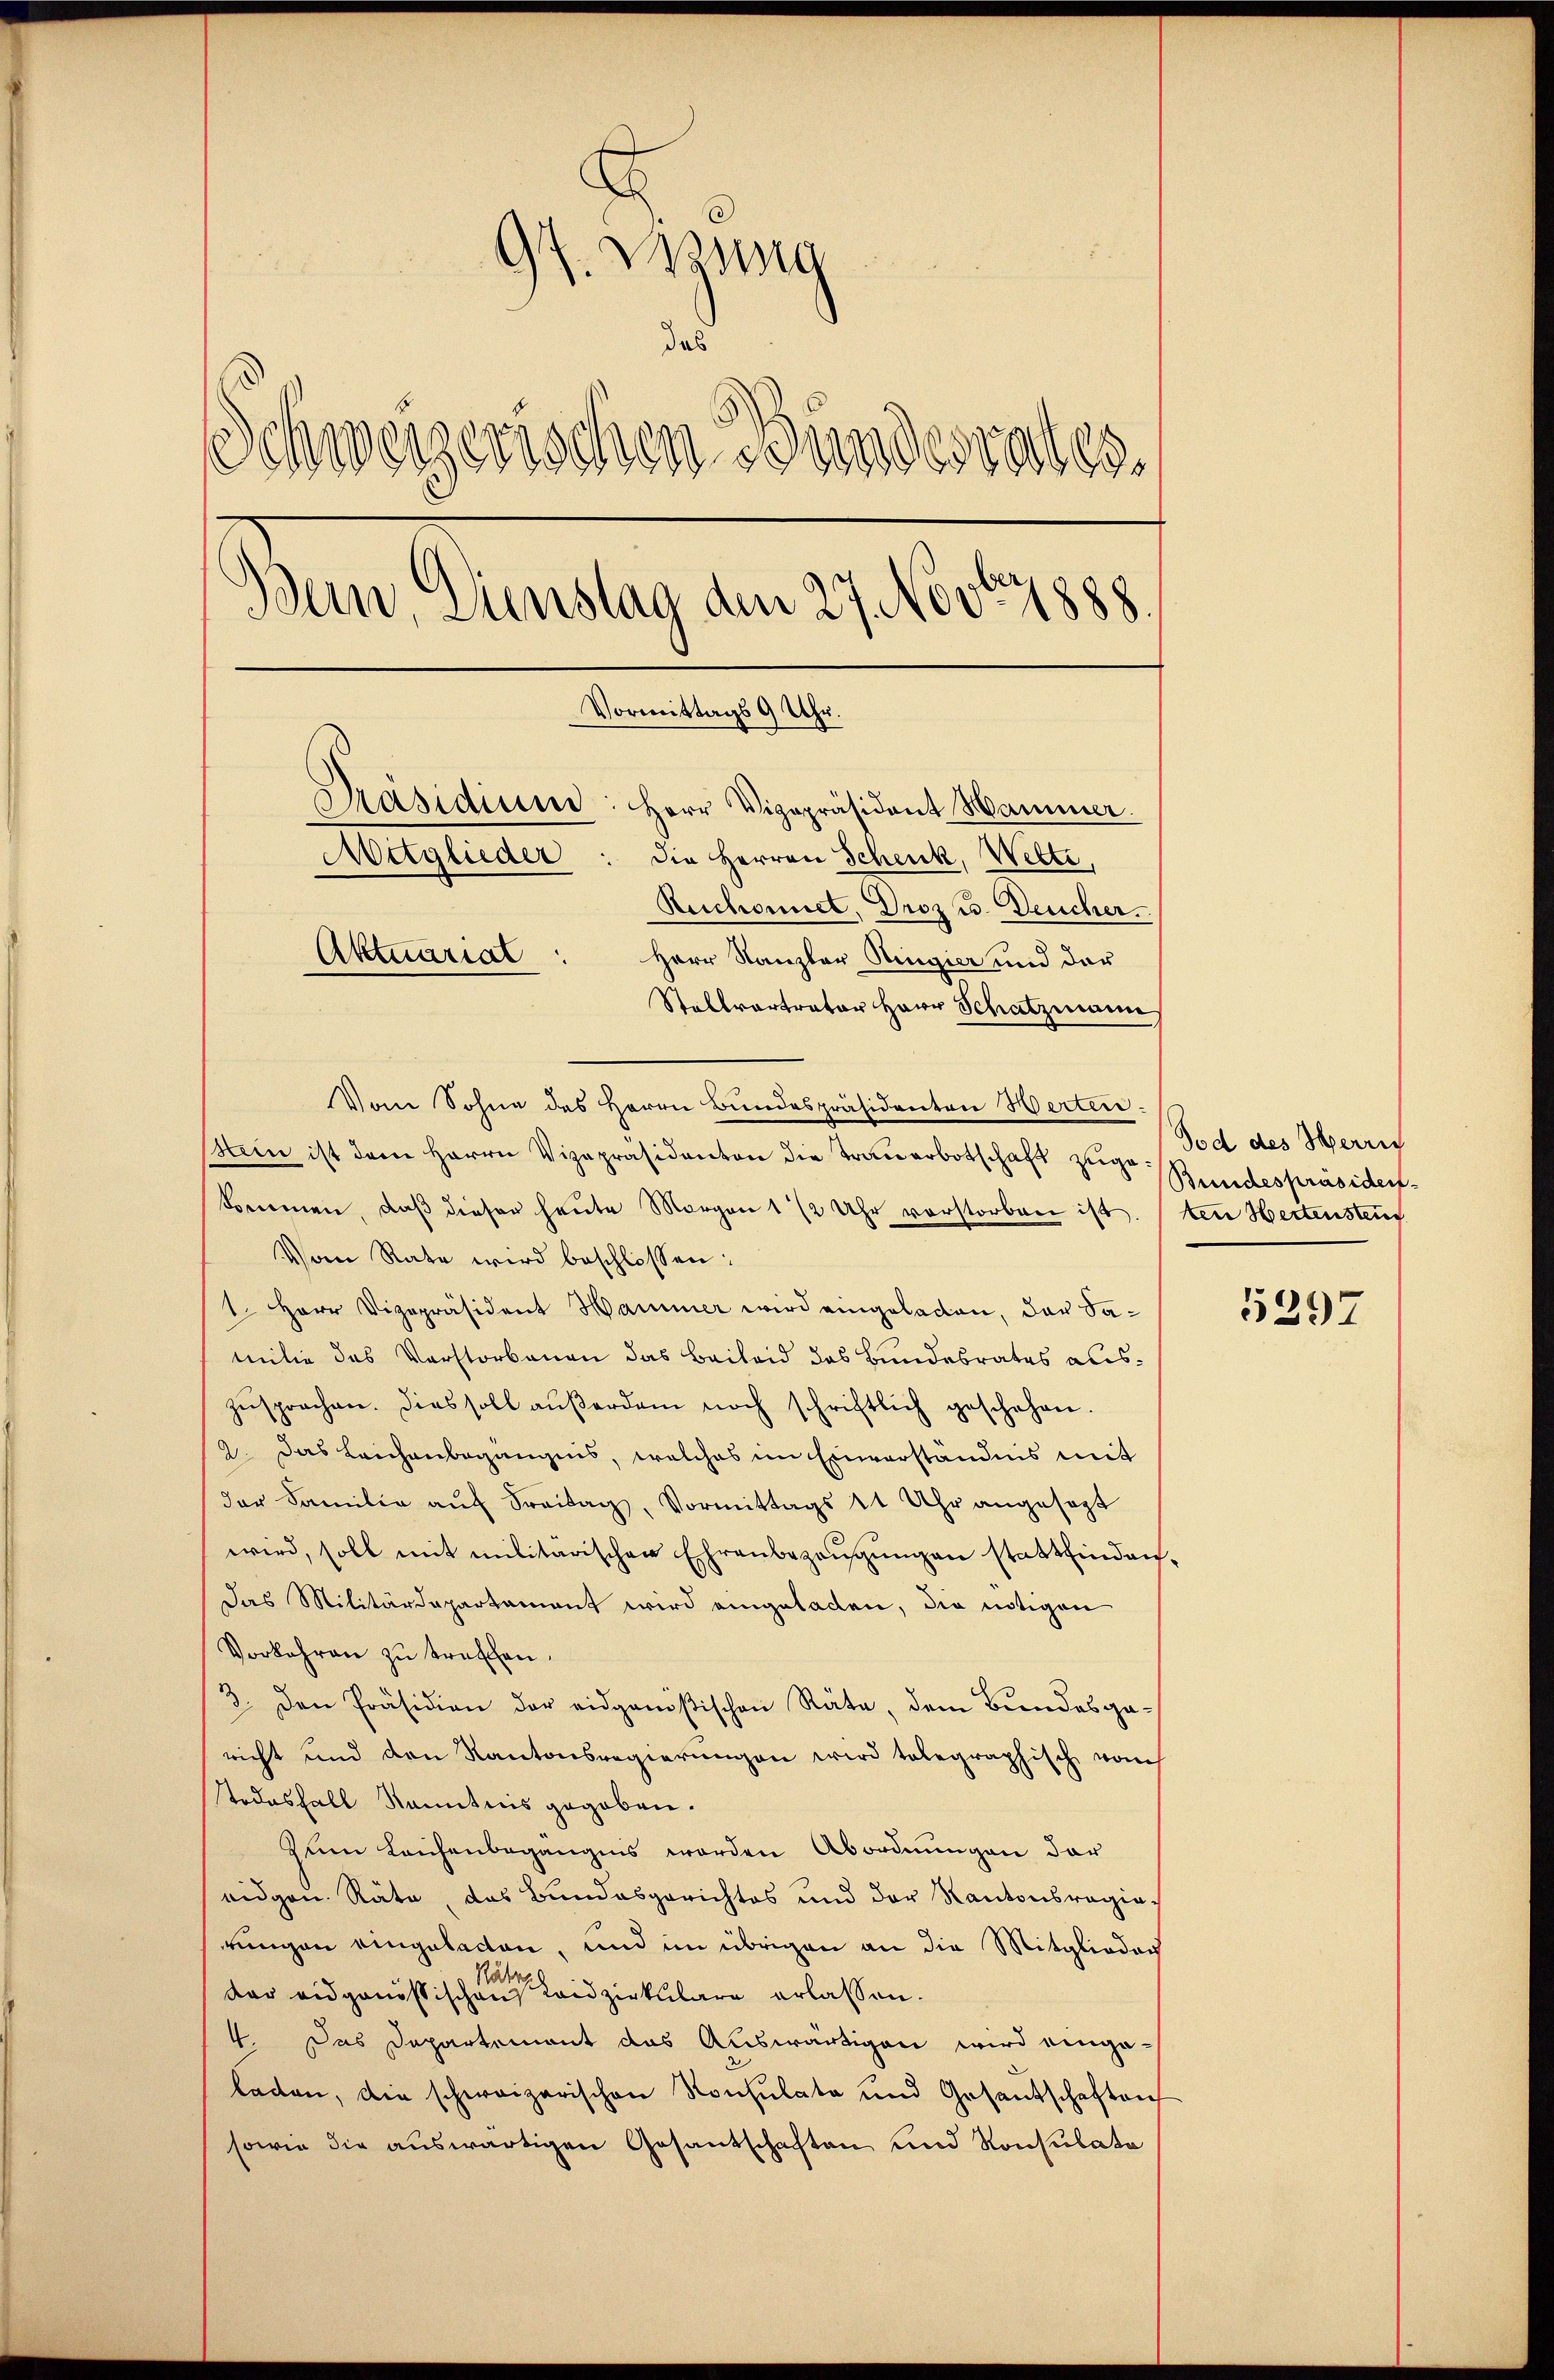
97. Wiesig
das
Schweizerischen Bundesrates.
Bern, Dienstag den 27. Novbr. 1888.
Vormittags 9 Uhr.
Präsidier: Herr Vizepräsident Hammer.
Mitglieder
die Herren Schenk, Wette,
Ruchonnet, Droz u. Deucher.
Aktuariat
Herr Kanzler Ringier und der
Stallvertrator Herr Schatzmann

Vom Sohne des Herrn Bundespräsidenten Werten.
Ham ist dem Herrn Vizepräsidenten die Trauerbotschaft zugekommen, daβ dieser heute Morgen 1 1/2 Uhr verstorben ist.
Vom Rate wird beschlossen:
1. Herr Vizepräsident Hammer wird eingeladen, der Samilie des Verstorbenen das Baileid des Bundesrates auszusprechen. Dies soll aŭβerdam noch schriftlich geschehen.
2. Das Leichenbegängnis, welches im Einverständnis mit
der Familie aŭf Freitag, Vormittags 11 Uhr angesagt
wird, soll mit militarischen Ehrenbezeugungen stattfinden.
Das Militärdepartament wird eingeladen, die nötigen
Vorkehren zu treffen.
3. Den Präsidien der eidgenößischen Räte, dem Bundesga-
richt und den Kantonsregierŭngen wird tolegraphisch vom
Todesfall Kenntnis gegeben.
Zum Leichenbegängnis worden Abordnungen der
eidgen. Räte, das Bundesgerichtes und der Kantonsregie-
rungen eingeladen, und im übrigen an die Mitglieder
Nähr
dar eidgenössischen Laidzirkulare erlassen.
4. Das Departement das Auswärtigen wird eingaladen, die schweizerischen Konsulate und Gesandschaften
sowie die auswärtigen Gesantschaften und Konsulate

Tod des Herrn
Bundespräsidenten Hertensten

5297